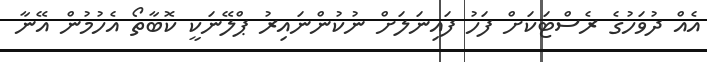
އެއް ދުވަހުގެ ރެސްޓަކަށް ފަހު ފައިނަލަށް ނުކުންނައިރު ޕްލޭނަކީ ކޮބާތޯ އެހުމުން އޭނާ